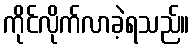
ကိုင်လိုက်လာခဲ့ရသည်။